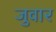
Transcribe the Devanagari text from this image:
जुवार